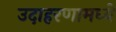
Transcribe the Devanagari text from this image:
उदाहरणामध्ये